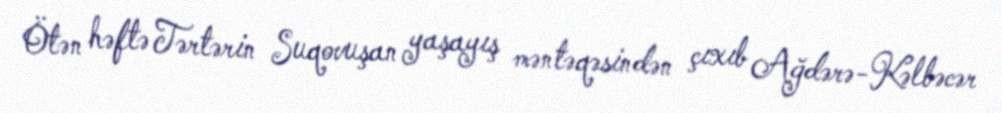
Ötən həftə Tərtərin Suqovuşan yaşayış məntəqəsindən çıxıb Ağdərə-Kəlbəcər